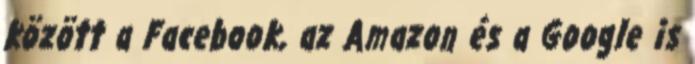
között a Facebook, az Amazon és a Google is